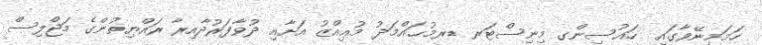
ހަމަމިނޭވާގައި  ހައުސިންގ މިނިސްޓަރ ޑރމުޙައްމަދު މުޢިއްޒު އަށާއި ދުވާފަރުދާއިރާ ރައްޔިތުންގެ މަޖްލިސް